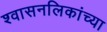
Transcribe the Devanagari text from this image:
श्वासनलिकांच्या